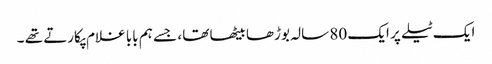
ایک ٹیلے پر ایک 80 سالہ بوڑھا بیٹھا تھا ، جسے ہم بابا غلام پکارتے تھے ۔